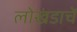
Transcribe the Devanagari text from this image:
लोखंडाचें